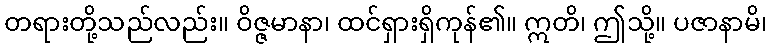
တရားတို့သည်လည်း။ ဝိဇ္ဇမာနာ၊ ထင်ရှားရှိကုန်၏။ ဣတိ၊ ဤသို့။ ပဇာနာမိ၊